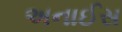
અનાઈસ